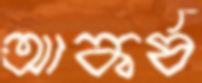
আকর্ষ